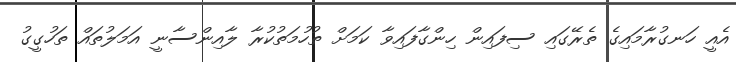
އެއީ ހަނގުރާމައިގެ ތެރޭގައި ސިފައިން ހިންގާފައިވާ ކަމަށް ތުހުމަތުކުރާ ލާއިންސާނީ އަމަލުތައް ތަހުގީގު